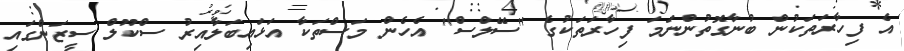
އެ ފިހާރަތަކުން ބުނާގޮތުންނަމަ ފިހާރަތަކުގެ "ސޭލްސް" އެހެން މަސްތަކާ އަޅައިބަލާއިރު ސްކޫލް ސީޒަންގައި